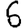
Digit: 6